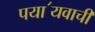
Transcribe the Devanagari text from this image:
पया॔यवाची